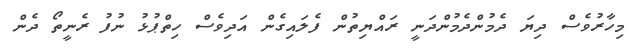
މިހާރުވެސް ދިޔަ ދެމުންދެމުންދަނީ ރައްޔިތުން ފެލައިގެން އަދިވެސް ހިތްޕުޅު ނުފު ރެނީތޯ ދެން